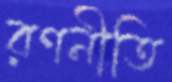
রণনীতি